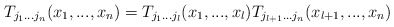
\begin{align*}T_{j_{1}...j_{n}}(x_{1},...,x_{n})=T_{j_{1}...j_{l}}(x_{1},...,x_{l})T_{j_{l+1}...j_{n}}(x_{l+1},...,x_{n})\end{align*}